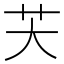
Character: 芖